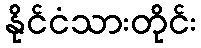
နိုင်ငံသားတိုင်း